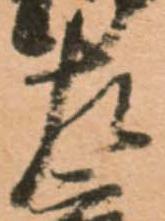
左